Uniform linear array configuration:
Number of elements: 12
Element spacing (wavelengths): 0.25
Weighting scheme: exponential
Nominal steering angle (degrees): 15
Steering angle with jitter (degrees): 13.043
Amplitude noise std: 0.05
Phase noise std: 0.05

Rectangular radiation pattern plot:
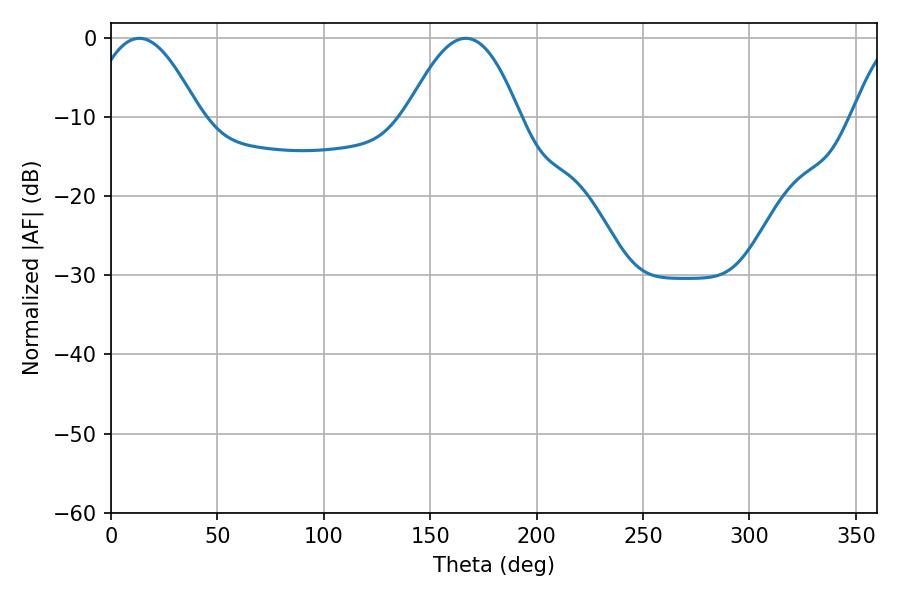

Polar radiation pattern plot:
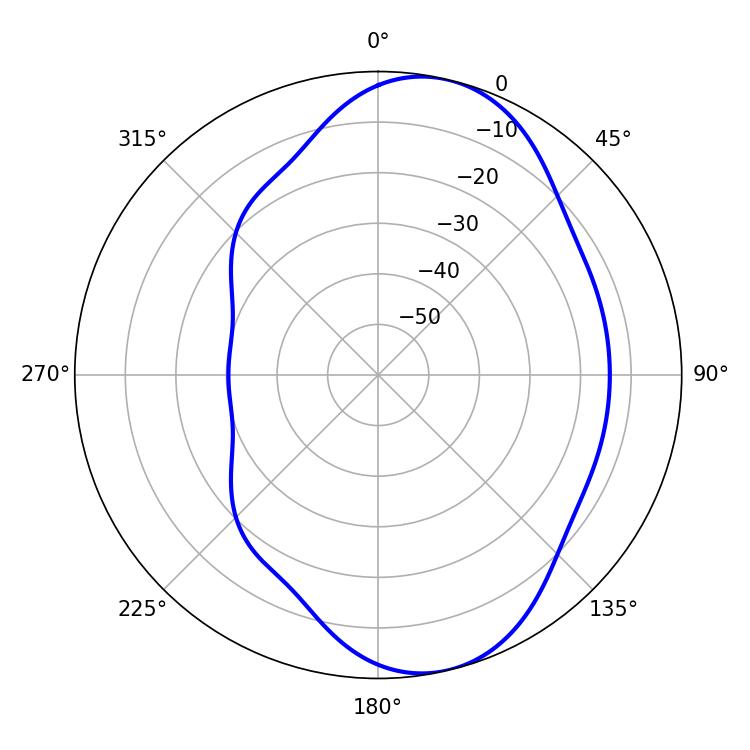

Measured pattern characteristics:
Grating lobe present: FALSE
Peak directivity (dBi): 8.024
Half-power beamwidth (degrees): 28.26
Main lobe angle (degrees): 13.32